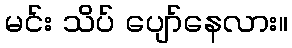
မင်း သိပ် ပျော်နေလား။